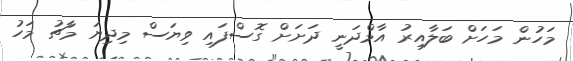
މަހުން މަހަށް ބަލާއިރު އާމްދަނީ ދަށަށް ގޮސްފައި ވިޔަސް މިދިޔަ މާޗު މަހު